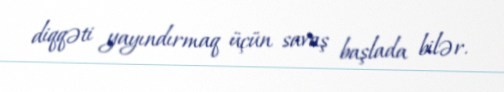
diqqəti yayındırmaq üçün savaş başlada bilər.